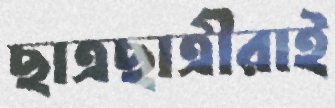
ছাত্রছাত্রীরাই